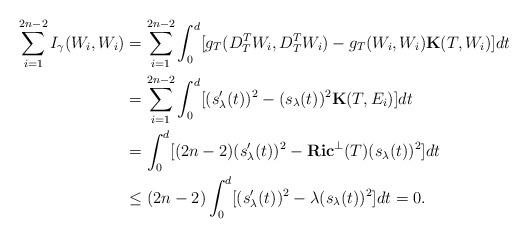
LaTeX: \begin{align*}\sum_{i=1}^{2n-2}I_\gamma(W_i,W_i)&=\sum_{i=1}^{2n-2}\int_0^d[g_T(D_T^TW_i,D_T^TW_i)-g_T(W_i,W_i)\mathbf{K}(T,W_i)]dt\\&= \sum_{i=1}^{2n-2}\int_0^d[(s'_\lambda(t))^2-(s_\lambda(t))^2\mathbf{K}(T,E_i)]dt\\&= \int_0^d[(2n-2)(s'_\lambda(t))^2-\mathbf{Ric}^\perp(T)(s_\lambda(t))^2]dt\\&\leq (2n-2)\int_0^d[(s'_\lambda(t))^2-\lambda(s_\lambda(t))^2]dt=0.\end{align*}